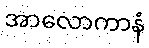
အာလောကာနံ